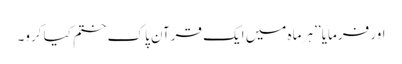
اور فرمایا ’’ہر ماہ میں ایک قرآنِ پاک ختم کیا کرو۔